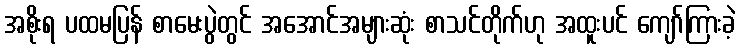
အစိုးရ ပထမပြန် စာမေးပွဲတွင် အအောင်အများဆုံး စာသင်တိုက်ဟု အထူးပင် ကျော်ကြားခဲ့